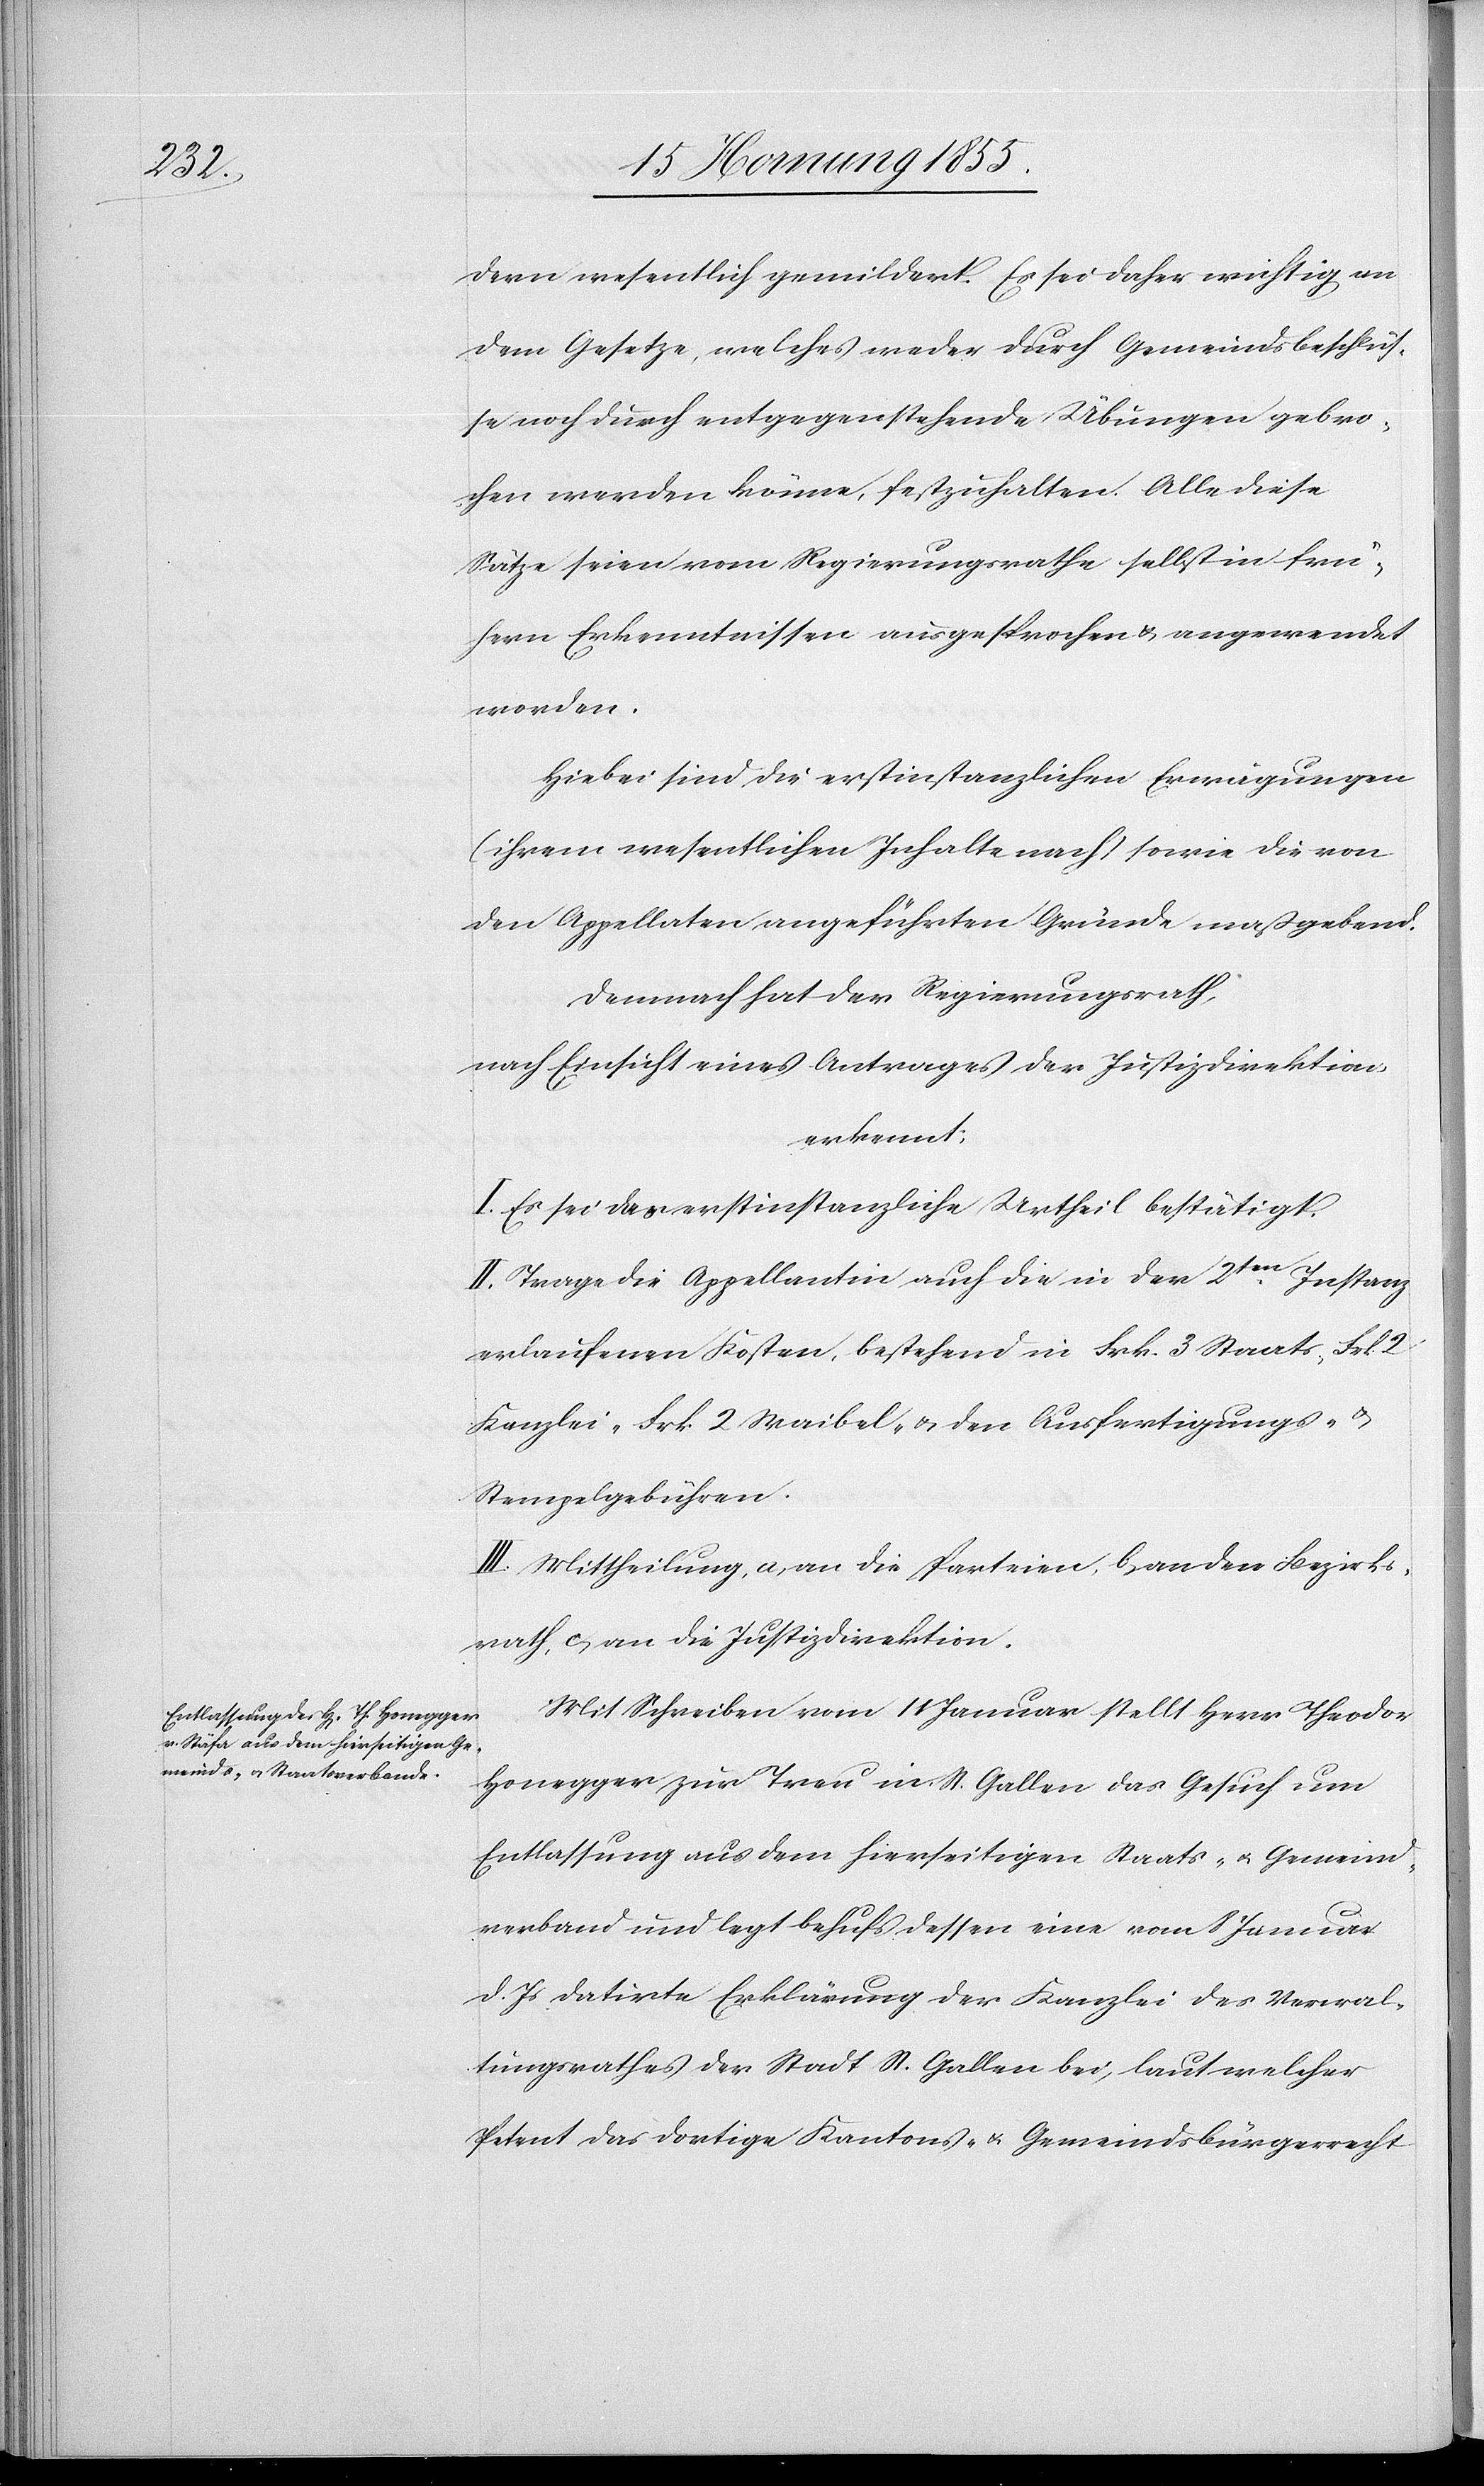
dern wesentlich gemildert. Es sei daher wichtig an
dem Gesetze, welches weder durch Gemeindsbeschlüs¬
se noch durch entgegenstehende Übungen gebro¬
chen werden könne, festzuhalten. Alle diese
Sätze seien vom Regierungsrathe selbst in frü¬
hern Erkenntnissen ausgesprochen & angewendet
worden.
Hiebei sind die erstinstanzlichen Erwägungen
(ihrem wesentlichen Inhalte nach) sowie die von
den Appellaten angeführten Gründe maßgebend.
Demnach hat der Regierungsrath,
nach Einsicht eines Antrages der Justizdirektion,
erkennt:
I. Es sei das erstinstanzliche Urtheil bestätigt.
II. Trage die Appellantin auch die in der 2ten. Instanz
erlaufenen Kosten, bestehend in Frk. 3 Staats-[,]
Kanzlei-[,] Frk. 2 Waibel- & den Ausfertigungs- &
Stempelgebühren.
III. Mittheilung, a, an die Parteien, b, an den Bezirks¬
rath, c, an die Justizdirektion.
Mit Schreiben vom 11 Januar stellt Herr Theodor
Honegger zur Treu in St. Gallen das Gesuch um
Entlassung aus dem hierseitigen Staats- & Gemeind¬
verband und legt behufs dessen eine vom 8 Januar
d. Js datirte Erklärung der Kanzlei des Verwal¬
tungsrathes der Stadt St. Gallen bei, laut welcher
Petent das dortige Kantons- & Gemeindsbürgerrecht